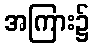
အကြား၌